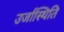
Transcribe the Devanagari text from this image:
उर्जास्थिति